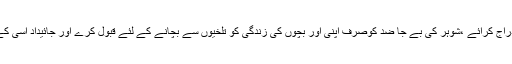
اپنا اوراپنے بچوں کا مستقبل بچانے کے لئے اگر وہ جائیداد بچوں کے نام پر اندراج کرائے ،شوہر کی بے جا ضد کوصرف اپنی اور بچوں کی زندگی کو تلخیوں سے بچانے کے لئے قبول کرے اور جائیداد اُسی کے نام اندراج ہوجائے تو اس میں دینی ، دینوی طرح طرح کے فائدے ہوں گے ۔